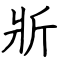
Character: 斨